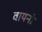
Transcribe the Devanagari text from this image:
वायनो